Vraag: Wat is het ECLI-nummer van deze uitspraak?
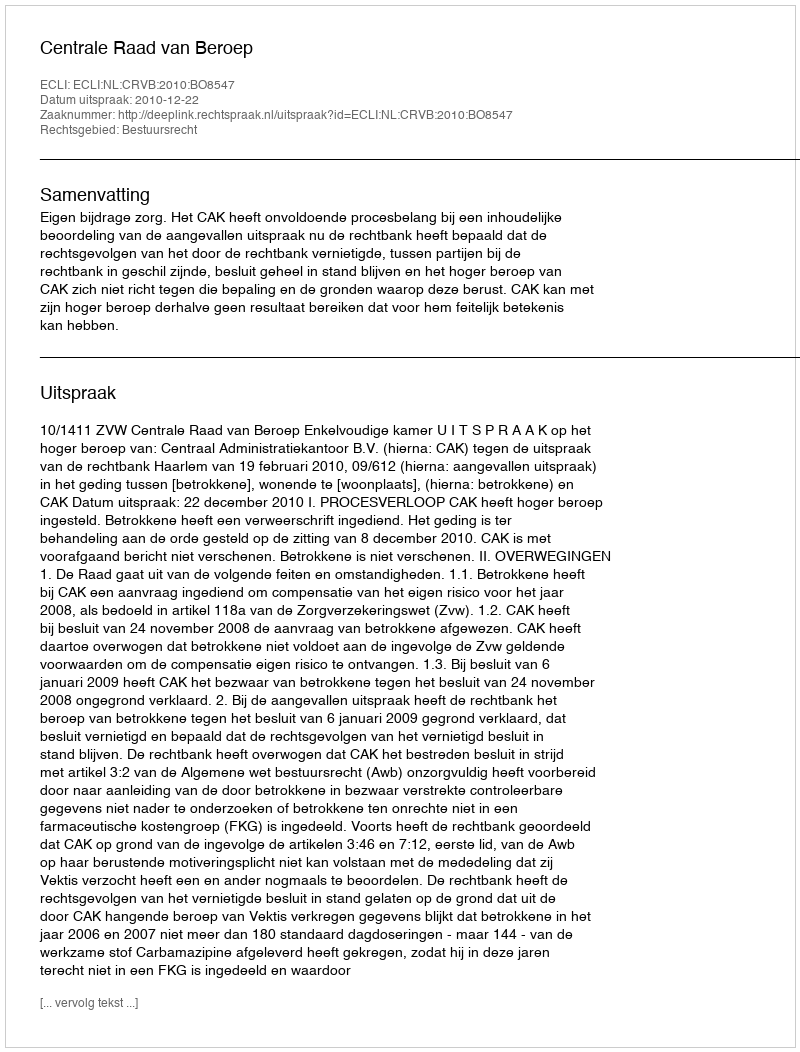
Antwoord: ECLI:NL:CRVB:2010:BO8547